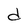
Character: d